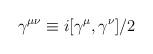
LaTeX: \begin{align*}\gamma ^{\mu \nu }\equiv i[\gamma ^{\mu },\gamma ^{\nu }]/2\end{align*}